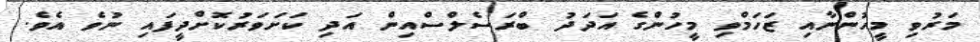
މަރުވި މީހުންނާއި ޒަހަމްވި މީހުންގެ އަދަދު ބްރަސެލްސްއިން އަދި ކަށަވަރުކޮށްދީފައި ނުވެ އެވެ.